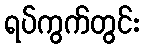
ရပ်ကွက်တွင်း